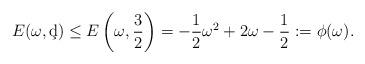
LaTeX: \begin{align*}E(\omega, \c d)\le E\left(\omega, \frac32\right)=-\frac{1}{2}\omega^2+2 \omega-\frac{1}{2}:=\phi(\omega).\end{align*}